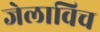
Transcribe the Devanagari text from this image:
जेलाविच